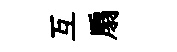
互扇